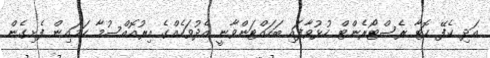
އަދި ކެފޭ ހޮޓާ ރެސްޓޯރެންޓް ހުޅުވާފައި ބަހައްޓަންވާނީ އެދުވަހެއްގެ އިރުއޮއްސުމާ ހަމައިން ފެށިގެން